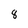
Character: 8